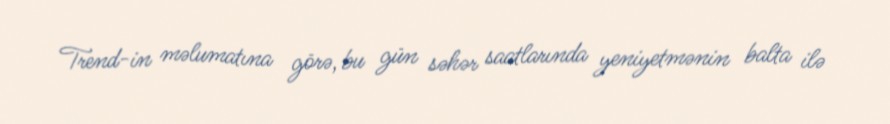
Trend-in məlumatına görə, bu gün səhər saatlarında yeniyetmənin balta ilə